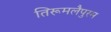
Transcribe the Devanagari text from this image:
तिरूमलैपुरम